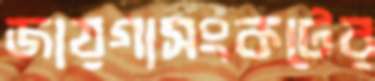
জায়গাসংকটের